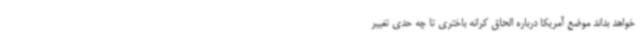
‌خواهد بداند موضع آمریکا درباره الحاق کرانه باختری تا چه حدی تغییر